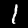
Digit: 1